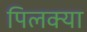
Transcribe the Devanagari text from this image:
पिलक्या